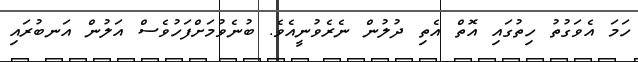
ހަމަ އެވަގުތު ހިތުގައި އޮތް އެތި ދުލުން ނެރެވުނީއެވެ. ބުނެވުމަށްފަހުވެސް އަލުން އަނބުރައި